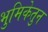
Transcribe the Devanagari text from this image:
भुमिकेतुन